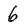
Character: 6